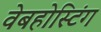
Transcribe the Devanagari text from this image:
वेबहोस्टिंग